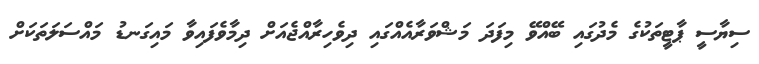
ސިޔާސީ ޕާޓީތަކުގެ މެދުގައި ބޭއްވޭ މިފަދަ މަޝްވަރާއެއްގައި ދިވެހިރާއްޖެއަށް ދިމާވެފައިވާ މައިގަނޑު މައްސަލަތަކަށް